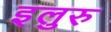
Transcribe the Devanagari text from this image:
इलुरु